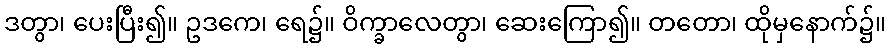
ဒတွာ၊ ပေးပြီး၍။ ဥဒကေ၊ ရေ၌။ ဝိက္ခာလေတွာ၊ ဆေးကြော၍။ တတော၊ ထိုမှနောက်၌။